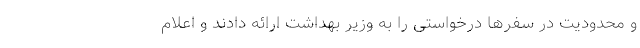
و محدودیت در سفرها درخواستی را به وزیر بهداشت ارائه دادند و اعلام